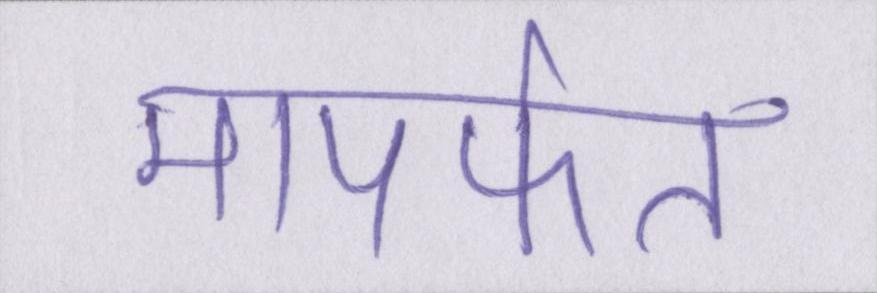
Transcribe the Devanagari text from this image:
मापर्फत